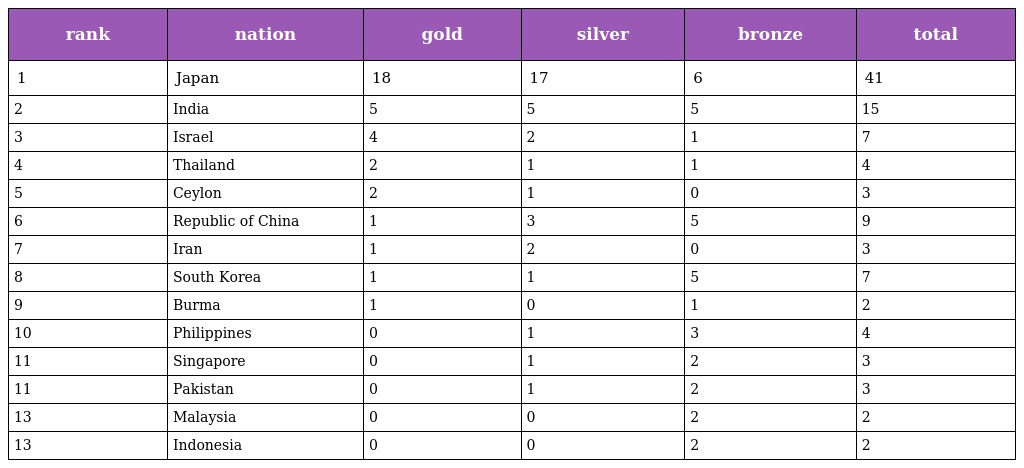
| rank | nation | gold | silver | bronze | total |
 | --- | --- | --- | --- | --- | --- |
 | 1 | Japan | 18 | 17 | 6 | 41 |
 | 2 | India | 5 | 5 | 5 | 15 |
 | 3 | Israel | 4 | 2 | 1 | 7 |
 | 4 | Thailand | 2 | 1 | 1 | 4 |
 | 5 | Ceylon | 2 | 1 | 0 | 3 |
 | 6 | Republic of China | 1 | 3 | 5 | 9 |
 | 7 | Iran | 1 | 2 | 0 | 3 |
 | 8 | South Korea | 1 | 1 | 5 | 7 |
 | 9 | Burma | 1 | 0 | 1 | 2 |
 | 10 | Philippines | 0 | 1 | 3 | 4 |
 | 11 | Singapore | 0 | 1 | 2 | 3 |
 | 11 | Pakistan | 0 | 1 | 2 | 3 |
 | 13 | Malaysia | 0 | 0 | 2 | 2 |
 | 13 | Indonesia | 0 | 0 | 2 | 2 |